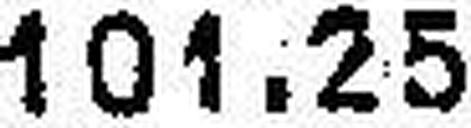
101.25